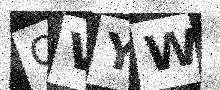
Text: QVYW